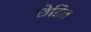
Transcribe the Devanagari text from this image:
छेडित